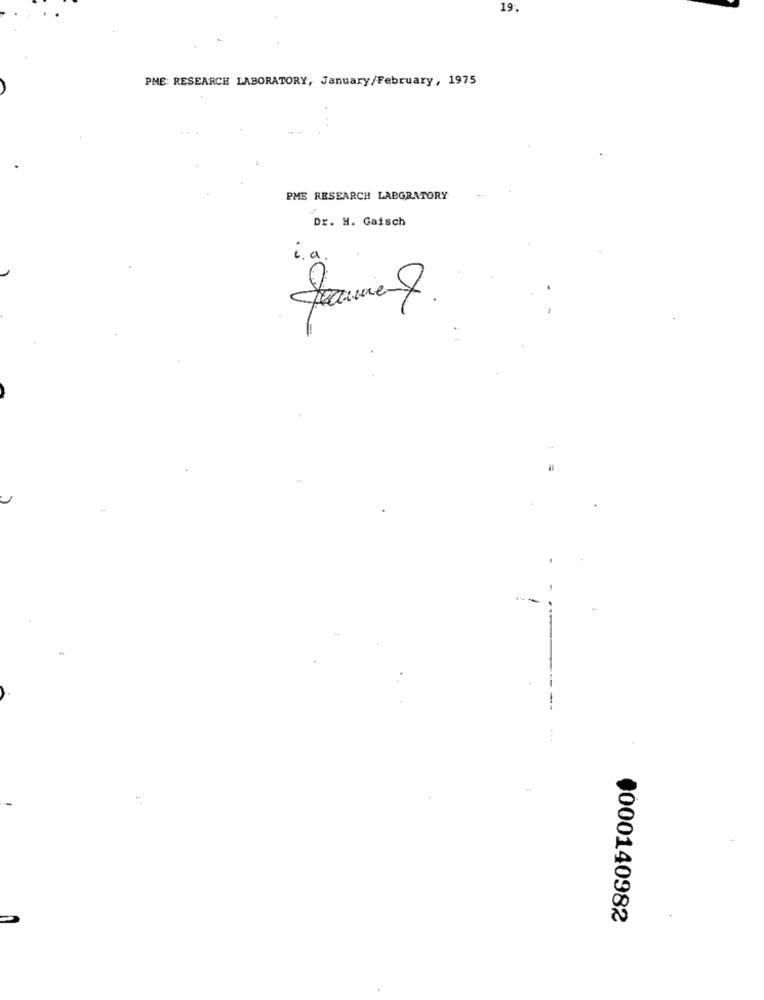
19:
PME: RESEARCH LABORATORY, January/February, 1975
PME RESEARCH LABGRATORY
Dr. H. Gaisch
.a.
0000140982